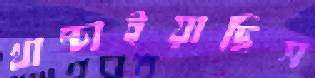
খাম্‌চাইয়াছিস